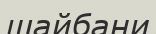
шайбани